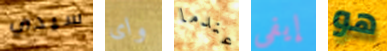
سيدي واى عندما إيفي هو